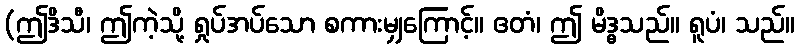
(ဤဒိသီ၊ ဤကဲ့သို့ ရှုပ်အပ်သော စကားမျှကြောင့်။ ဧတံ၊ ဤ မိဒ္ဓသည်။ ရူပံ၊ သည်။